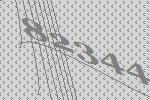
82344